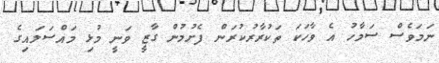
ނަމަވެސް ސަމާހު އެ ވާހަކަ ތަކުރާރުކުރަން ފެށުމުން ގާޒީ ވަނީ މުޅި މައްސަލައިގެ